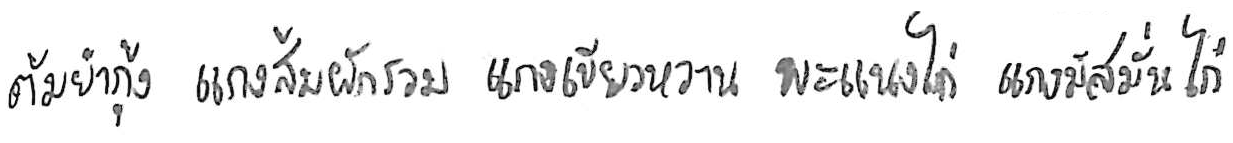
ต้มยำกุ้ง แกงส้มผักรวม แกงเขียวหวาน พะแนงไก่ แกงมัสมั่นไก่